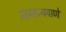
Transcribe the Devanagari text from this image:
सामान्यपाणे